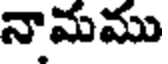
నామము